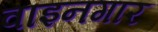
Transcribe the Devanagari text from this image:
वाइनगार